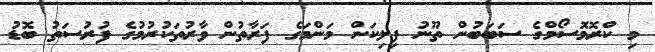
މި ކްރޮމޮސޯމްގެ ސަބަބުން ތޫނު ފިލިކަން މަންމަގެ ފަރާތުން ވާރުތަކުރުމުގެ ފުރުސަތު ބޮޑު